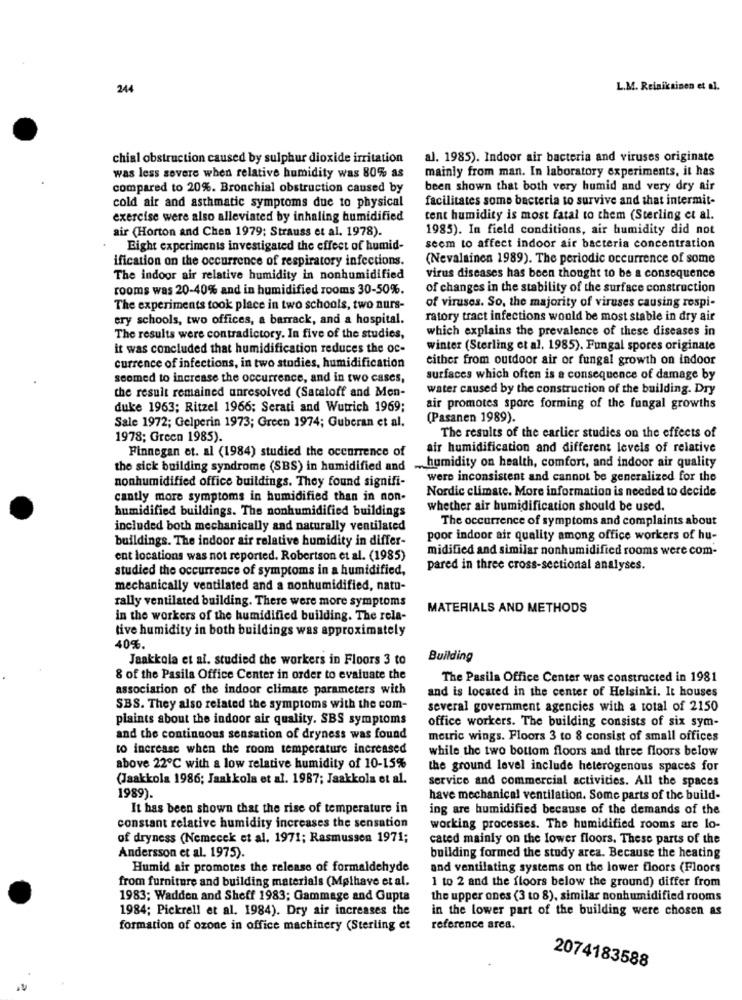
24
L.M. Reinikainen et al.
chial obstruction caused by sulphur dioxide irritation
al. 1985). Indoor air bacteria and viruses originate
mainly from man. In laboratory experiments, it has
was less severe when relative humidity was 80% as
compared to 20%. Bronchial obstruction caused by
been shown that both very humid and very dry air
cold air and asthmatic symptoms due to physical
facilitates some bacteria to survive and that intermit-
exercise were also alleviated by inhaling humidified
tent humidity is most fatal to them (Sterling et al.
air (Horton and Chen 1979; Strauss et al. 1978).
1985). In field conditions, air humidity did not
Eight experiments investigated the effect of humid-
seem to affect indoor air bacteria concentration
ification on the occurrence of respiratory infections.
(Nevalainen 1989). The periodic occurrence of some
The indoor air relative humidity in nonhumidified
virus diseases has been thought to be a consequence
rooms was 20-40% and in humidified rooms 30-50%.
of changes in the stability of the surface construction
The experiments took place in two schools, two nurs-
of viruses. So, the majority of viruses causing respi-
ery schools, two offices, a barrack, and a hospital.
ratory tract infections would be most stable in dry air
which explains the prevalence of these diseases in
The results were contradictory. In five of the studies,
it was concluded that humidification reduces the oc-
winter (Sterling et al. 1985). Fungal spores originate
either from outdoor air or fungal growth on indoor
currence of infections, in two studies, humidification
seemed to increase the occurrence, and in two cases,
surfaces which often is a consequence of damage by
the result remained unresolved (Sataloff and Men-
water caused by the construction of the building. Dry
duke 1963; Ritzel 1966; Serati and Wutrich 1969;
air promotes spore forming of the fungal growths
(Pasanen 1989).
Sale 1972; Gelperin 1973; Green 1974; Guberan et al.
The results of the earlier studies on the effects of
1978; Green 1985).
Finnegan et. al (1984) studied the occurrence of
air humidification and different levels of relative
the sick building syndrome (SBS) in humidified and
humidity on health, comfort, and indoor air quality
were inconsistent and cannot be generalized for the
nonhumidified office buildings. They found signifi-
Nordic climate. More information is needed to decide
cantly more symptoms in humidified than in non-
humidified buildings. The nonhumidified buildings
whether air humidification should be used.
The occurrence of symptoms and complaints about
included both mechanically and naturally ventilated
buildings. The indoor air relative humidity in differ-
poor indoor air quality among office workers of hu-
midified and similar nonhumidified rooms were com-
ent locations was not reported. Robertson et al. (1985)
studied the occurrence of symptoms in a humidified,
pared in three cross-sectional analyses.
mechanically ventilated and a nonhumidified, natu-
rally ventilated building. There were more symptoms
MATERIALS AND METHODS
in the workers of the humidified building. The rela-
tive humidity in both buildings was approximately
40%.
Jaakkola et al. studied the workers in Floors 3 to
Building
& of the Pasila Office Center in order to evaluate the
The Pasila Office Center was constructed in 1981
association of the indoor climate parameters with
and is located in the center of Helsinki. It houses
SBS. They also related the symptoms with the com-
several government agencies with a total of 2150
plaints about the indoor air quality. SBS symptoms
office workers. The building consists of six sym-
and the continuous sensation of dryness was found
metric wings. Floors 3 to 8 consist of small offices
to increase when the room temperature increased
while the two bottom floors and three floors below
above 22℃ with a low relative humidity of 10-15%
the ground level include heterogenous spaces for
(Jaakkola 1986; Jaak kola et al. 1987; Jaakkola et al.
service and commercial activities. All the spaces
1989).
have mechanical ventilation. Some parts of the build-
It has been shown that the rise of temperature in
ing are humidified because of the demands of the
constant relative humidity increases the sensation
working processes. The humidified rooms are lo-
of dryness (Nemecek et al. 1971; Rasmussen 1971;
cated mainly on the lower floors. These parts of the
Andersson et al. 1975).
building formed the study area. Because the heating
Humid air promotes the release of formaldehyde
and ventilating systems on the lower floors (Floors
from furniture and building materials (Mplhave et al.
1 to 2 and the floors below the ground) differ from
1983; Wadden and Sheff 1983; Gammage and Gupta
the upper ones (3 to 8), similar nonhumidified rooms
1984; Pickrell et al. 1984). Dry air increases the
in the lower part of the building were chosen as
formation of ozone in office machinery (Sterling et
reference ares.
2074183588